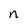
Character: n